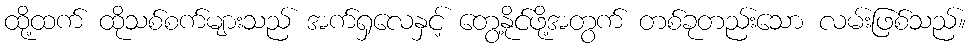
ထို့ထက် ထိုသစ်စက်များသည် အက်ရှလေနှင့် တွေ့နိုင်ဖို့အတွက် တစ်ခုတည်းသော လမ်းဖြစ်သည်။